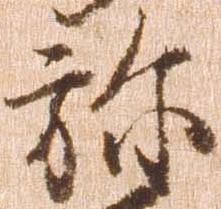
弥